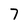
Character: 7